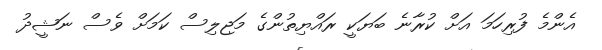
އެންމެ ފުރިހަމަ އަށް ކުރާނެ ބަޔަކީ ރައްޔިތުންގެ މަޖިލިސް ކަމަށް ވެސް ނަޝީދު